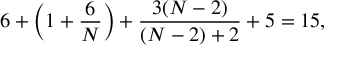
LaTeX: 6 + \left( 1 + \frac 6 N \right) + \frac { 3 ( N - 2 ) } { ( N - 2 ) + 2 } + 5 = 1 5 ,